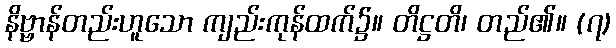
နိဗ္ဗာန်တည်းဟူသော ကျည်းကုန်ထက်၌။ တိဋ္ဌတိ၊ တည်၏။ (၇)